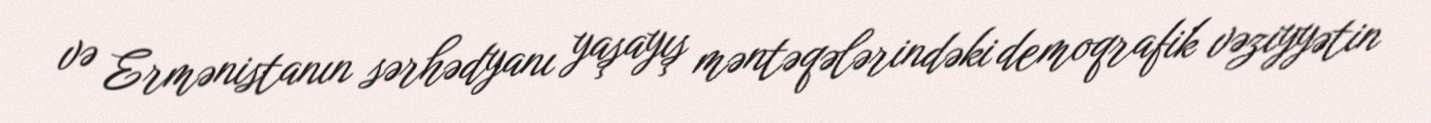
və Ermənistanın sərhədyanı yaşayış məntəqələrindəki demoqrafik vəziyyətin